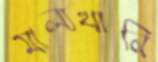
মাল্যখানি